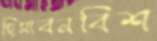
হিসাবনবিশ